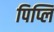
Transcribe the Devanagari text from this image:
पिप्लि